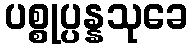
ပစ္စုပ္ပန္နသုခေ